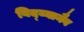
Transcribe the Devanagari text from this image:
विद्य्यानैव